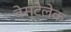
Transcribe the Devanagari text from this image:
वेस्टेलेक